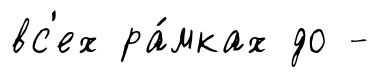
вс'ех ра́мках до -